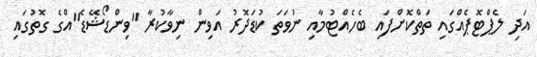
އަދި ލެޕްޓޮޕެއްގައި ތަތްކޮށްފައި ބެހެއްޓުމާއި ނުވަތަ ކުޑަދޮރު އަވިން ނިވާކުރާ "ވިންޑޯޝޭޑެ"އްގެ ގޮތުގައި